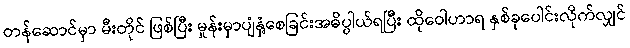
တန်ဆောင်မှာ မီးတိုင် ဖြစ်ပြီး မှုန်းမှာပျံနှံ့စေခြင်းအဓိပ္ပါယ်ရပြီး ထိုဝေါဟာရ နှစ်ခုပေါင်းလိုက်လျှင်